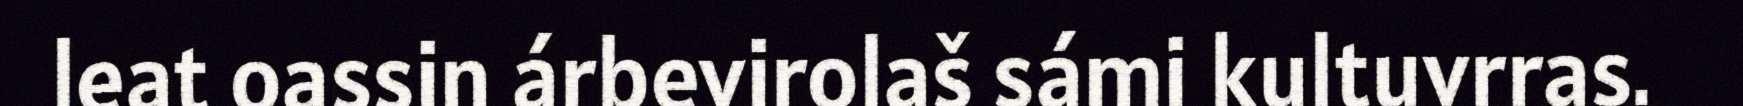
leat oassin árbevirolaš sámi kultuvrras.